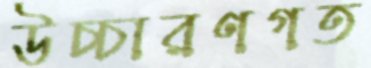
উচ্চারণগত